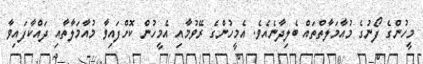
މީހުންގެ ފޯނުގެ މުއާމަލާތްތައް ބެލިދާނެއެވެ. އެމީހުންގެ ރޭވުމާއި އެމީހުން ކޮށްފައިވާ މުއާމަލާތާއި ދައްކާފައިވާ